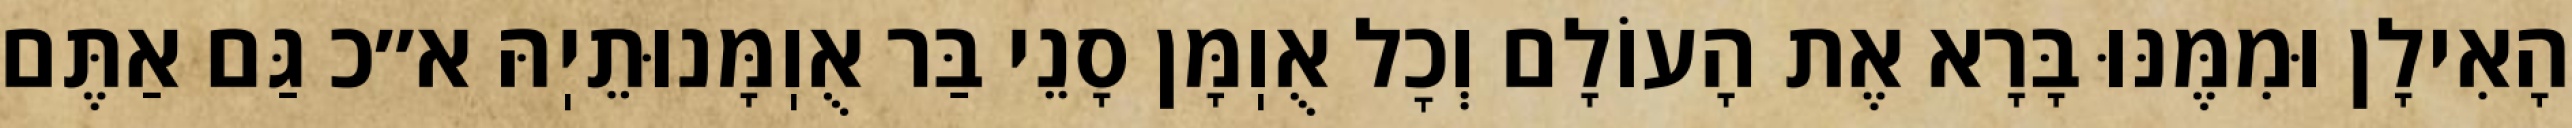
הָאִילָן וּמִמֶּנּוּ בָּרָא אֶת הָעוֹלָם וְכׇל אֻוֽמָּן סָנֵי בַּר אֻוֽמָּנוּתֵיֽהּ א״כ גַּם אַתֶּם